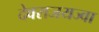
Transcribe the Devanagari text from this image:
देवराजयज्वा